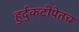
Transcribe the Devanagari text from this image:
हुर्दुकटीपेतच